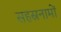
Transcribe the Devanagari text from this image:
सहस्रनामों